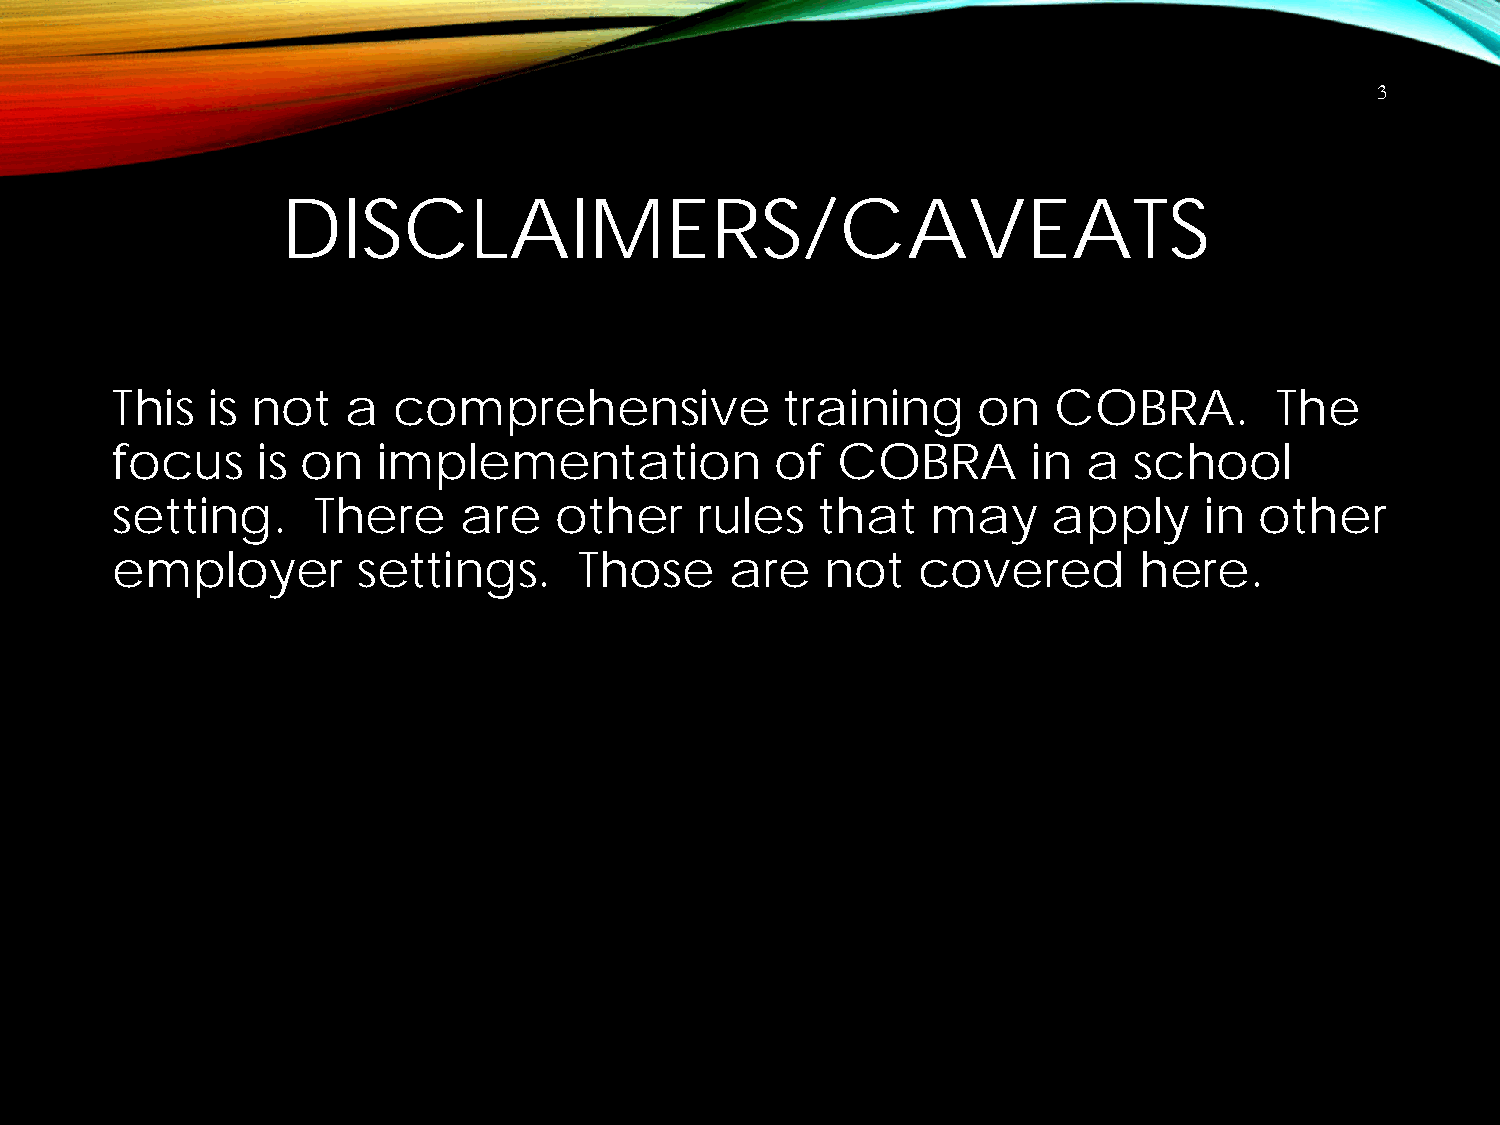
3
 DISCLAIMERS/CAVEATS
 This   is not   a  comprehensive             training     on   COBRA.        The
 focus     is on   implementation            of  COBRA        in  a  school
 setting.      There    are    other    rules   that    may     apply     in other
 employer         settings.     Those     are    not   covered       here.